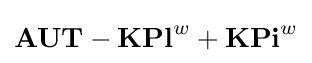
\mathbf {AUT-KPl} ^{w}+\mathbf {KPi} ^{w}